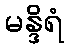
မန္ဒိရံ